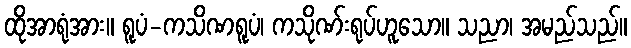
ထိုအာရုံအား။ ရူပံ-ကသိဏရူပံ၊ ကသိုဏ်းရုပ်ဟူသော။ သညာ၊ အမည်သည်။